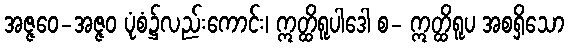
အဇ္ဇဝေ-အဇ္ဇဝ ပုံစံ၌လည်းကောင်း၊ ဣတ္ထိရူပါဒေါ စ- ဣတ္ထိရူပ အစရှိသော